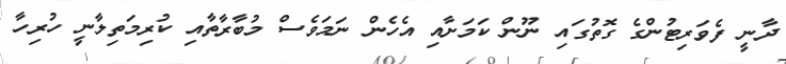
ދާނީ ފެވަރިޓުންގެ ގޮތުގައި ނޫން ކަމަށާއި އެހެން ނަމަވެސް މުބާރާތާއި ކުރިމަތިލާނީ ހުރިހާ